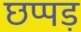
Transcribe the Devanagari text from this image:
छप्पड़